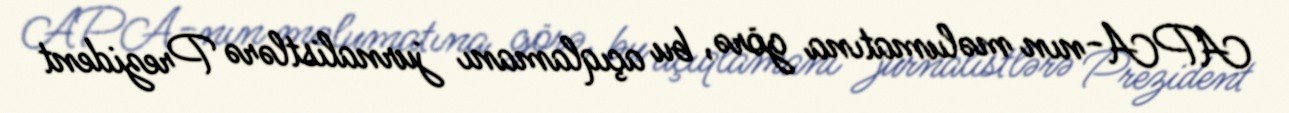
APA-nın məlumatına görə, bu açıqlamanı jurnalistlərə Prezident